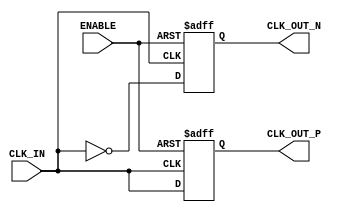
module differential_clock_buffer (
    input wire CLK_IN,        // Single-ended clock input
    input wire ENABLE,        // Enable signal
    output reg CLK_OUT_P,     // Differential clock output positive
    output reg CLK_OUT_N      // Differential clock output negative
);

    // Parameters for timing characteristics
    parameter RISE_TIME = 1;  // Rise time in ns
    parameter FALL_TIME = 1;   // Fall time in ns

    // Internal signal for clock inversion
    reg clk_in_delayed;

    // Clock generation with enable control
    always @(posedge CLK_IN or negedge ENABLE) begin
        if (!ENABLE) begin
            // When ENABLE is low, set outputs to low
            CLK_OUT_P <= 1'b0;
            CLK_OUT_N <= 1'b0;
        end else begin
            // Generate differential outputs
            CLK_OUT_P <= #RISE_TIME CLK_IN;   // Positive output
            CLK_OUT_N <= #FALL_TIME ~CLK_IN;   // Negative output (inverted)
        end
    end

    // Optional: Add hysteresis and signal conditioning logic if needed
    // This can be implemented using additional logic gates or flip-flops

endmodule